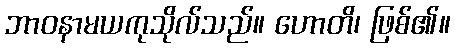
ဘာဝနာမယကုသိုလ်သည်။ ဟောတိ၊ ဖြစ်၏။